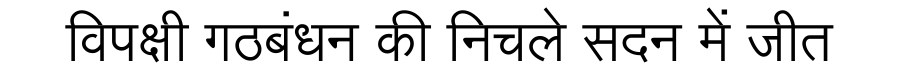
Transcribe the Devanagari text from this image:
विपक्षी गठबंधन की निचले सदन में जीत